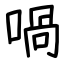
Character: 喎